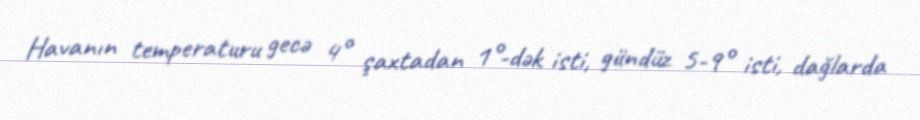
Havanın temperaturu gecə 4° şaxtadan 1°-dək isti, gündüz 5-9° isti, dağlarda